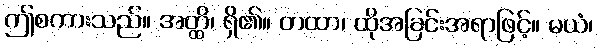
ဤစကားသည်။ အတ္ထိ၊ ရှိ၏။ တထာ၊ ထိုအခြင်းအရာဖြင့်။ မယံ၊